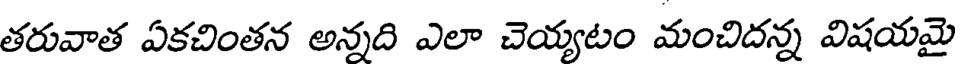
తరువాత ఏకచింతన అన్నది ఎలా చెయ్యటం మంచిదన్న విషయమై